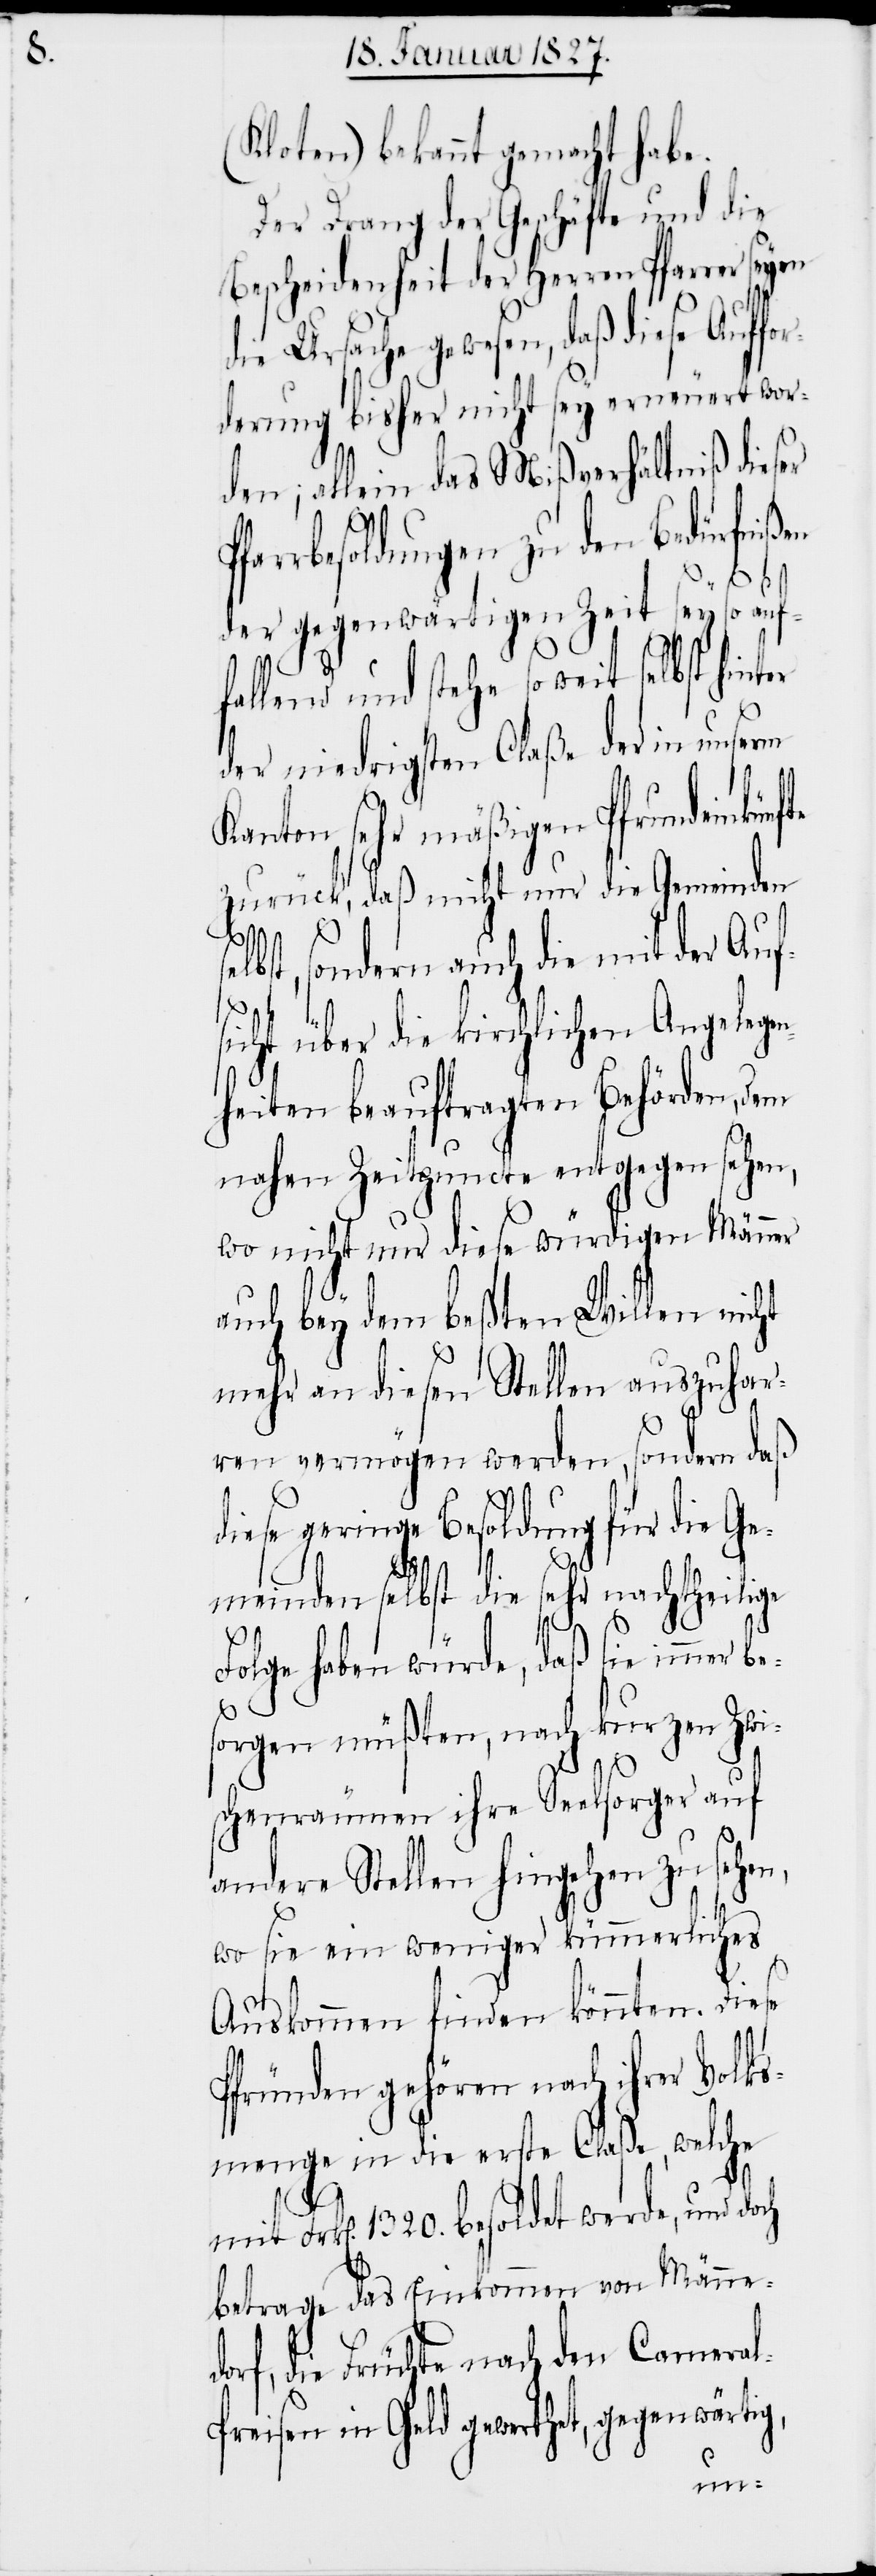
(Kloten) bekannt gemacht habe.
Der Drang der Geschäfte und die
Bescheidenheit der Herren Pfarrer seyen
die Ursache gewesen, daß diese
derung bisher nicht sey erneuert wor¬
den; allein das Mißverhältniß dieser
arrbesoldungen zu den Bedürfnißen
der gegenwärtigen Zeit sey so
fallend und stehe so weit selb¬
der niedrigsten Claße der in unserm
Kanton sehr mäßigen Pfrundeinkünf¬
zurück, daß nicht nur die Gemeinden
lbst, sondern auch die mit der Aufs¬
icht über die kirchlichen Angelege¬
nheiten beauftragten Behörden, dem
nahen Zeitpuncte entgegen sehen,
wo nicht nur diese würdigen Männer
auch bey dem beßten Willen nicht
mehr an diesen Stellen auszuhar¬
ren vermögen werden, sondern daß
diese geringe Besoldung für die Ge¬
meinden selbst die sehr nachtheilige
Folge haben würde, daß sie immer
sorgen müßten, nach kurzen Zwi¬
schenräumen ihre Seelsorger auf
andere Stellen hingehen zu sehen,
wo sie ein weniger kümmerliches
Auskommen finden könnten. Diese
Pfründen gehören nach ihrer Volks¬
menge in die erste Claße, welche
Frk[en]. 1320. besoldet werde, und doch
betrage das Einkommen von Männe¬
dorf, die Früchte nach den Camera¬
reisen in Geld gewerthet, gegenwärtig,
l-P¬